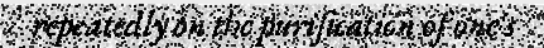
repeatedly on the purification of one's